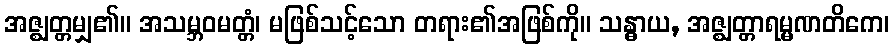
အဇ္ဈတ္တမျှ၏။ အသမ္ဘဝမတ္တံ၊ မဖြစ်သင့်သော တရား၏အဖြစ်ကို။ သန္ဓာယ, အဇ္ဈတ္တာရမ္မဏတိကေ၊